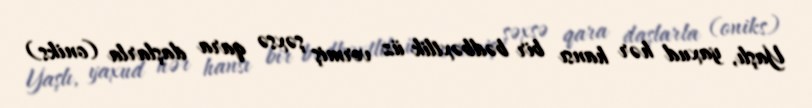
Yaşlı, yaxud hər hansı bir bədbəxtlik üz vermiş şəxsə qara daşlarla (oniks)